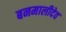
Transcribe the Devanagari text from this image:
बनमालीदेव